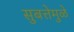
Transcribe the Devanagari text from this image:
सुबत्तेमुळे